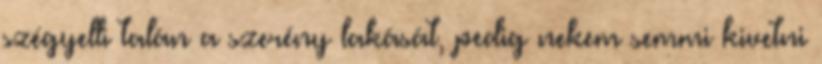
szégyelli talán a szerény lakását, pedig nekem semmi kivetni